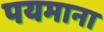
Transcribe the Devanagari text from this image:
पयमाना